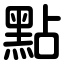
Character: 點